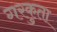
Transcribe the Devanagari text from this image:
गरकुता